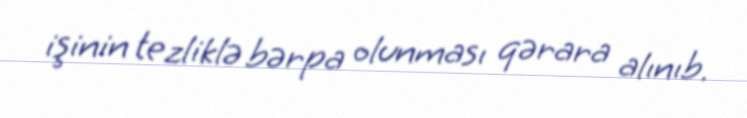
işinin tezliklə bərpa olunması qərara alınıb.